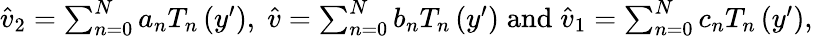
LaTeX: \begin{array}{r}{\widehat{v}_{2}=\sum_{n=0}^{N}a_{n}T_{n}\left(y^{\prime}\right),\; \widehat{v}=\sum_{n=0}^{N}b_{n}T_{n}\left(y^{\prime}\right)\; \textnormal{and}\; \widehat{v}_{1}=\sum_{n=0}^{N}c_{n}T_{n}\left(y^{\prime}\right),}\end{array}